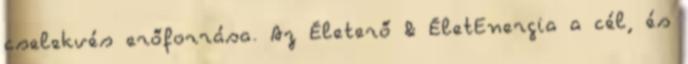
cselekvés erőforrása. Az Életerő & ÉletEnergia a cél, és